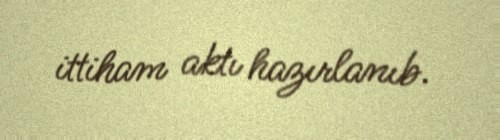
ittiham aktı hazırlanıb.